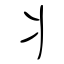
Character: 丬